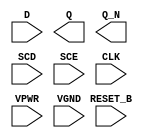
module sky130_fd_sc_hs__sdfrbp (
    //# {{data|Data Signals}}
    input  D      ,
    output Q      ,
    output Q_N    ,

    //# {{control|Control Signals}}
    input  RESET_B,

    //# {{scanchain|Scan Chain}}
    input  SCD    ,
    input  SCE    ,

    //# {{clocks|Clocking}}
    input  CLK    ,

    //# {{power|Power}}
    input  VPWR   ,
    input  VGND
);
endmodule